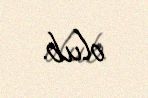
olub.